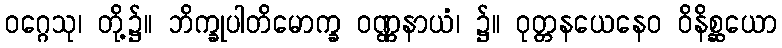
ဝဂ္ဂေသု၊ တို့၌။ ဘိက္ခုပါတိမောက္ခ ဝဏ္ဏနာယံ၊ ၌။ ဝုတ္တနယေနေဝ ဝိနိစ္ဆယော